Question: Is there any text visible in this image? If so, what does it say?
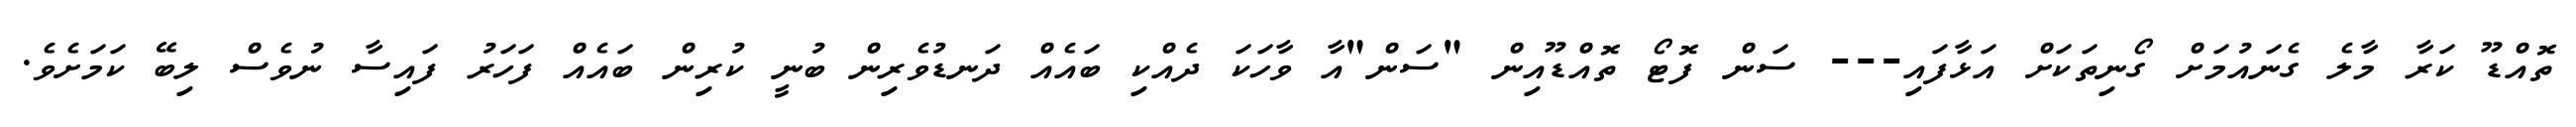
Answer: ތޮއްޑޫ ކަރާ މާލެ ގެނައުމަށް ގޯނިތަކަށް އަޅާފައި--- ސަން ފޮޓޯ ތޮއްޑޫއިން "ސަން"އާ ވާހަކަ ދެއްކި ބައެއް ދަނޑުވެރިން ބުނީ ކުރިން ބައެއް ފަހަރު ފައިސާ ނުވެސް ލިބޭ ކަމަށެވެ.